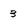
Character: 3